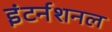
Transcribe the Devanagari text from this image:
इंटर्नशनल